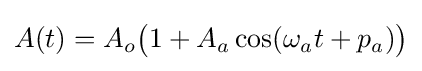
A(t)=A_{o}{\bigl (}1+A_{a}\cos(\omega _{a}t+p_{a}){\bigr )}